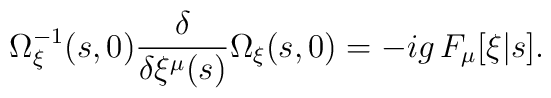
\Omega_\xi^{-1}(s,0){\delta\over{\delta\xi^\mu(s)}}\Omega_\xi(s,0)=-ig\,F_\mu[\xi|s].